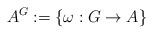
LaTeX: \begin{align*}A^{G} := \left\{ \omega : G \to A\right\}\end{align*}